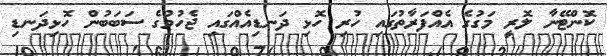
ކޮންޓޭނާ ލޮރީ މަގުގެ އެއްފަރާތުގައި ހުރި ހޮޅި ދަނޑިއެއްގައި ޖެހުމުގެ ސަބަބުން ހޮޅިދަނޑި